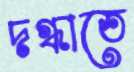
দগ্ধাতে